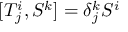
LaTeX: [ T _ { j } ^ { i } , S ^ { k } ] = \delta _ { j } ^ { k } S ^ { i }